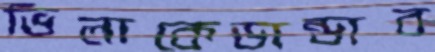
ভিলাকেডান্ডাব